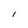
Character: I